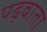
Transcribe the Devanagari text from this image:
पढ़वाता